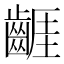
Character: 𪘬